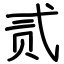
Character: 贰